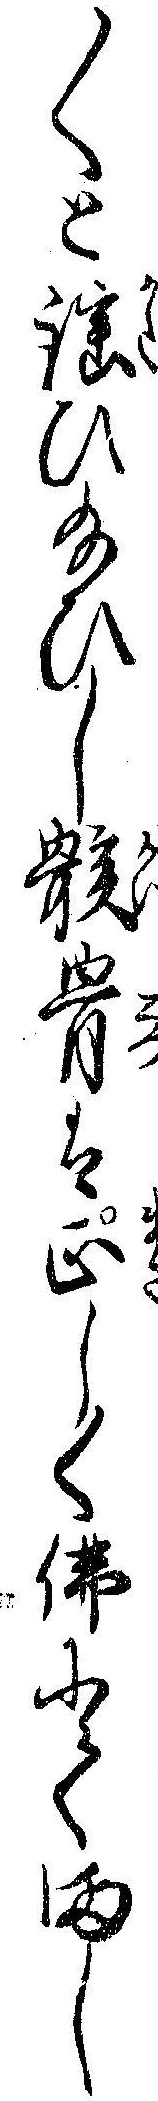
〱と謡ひ給ひし骸骨は正しく仏にてまし